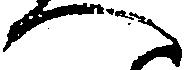
へ